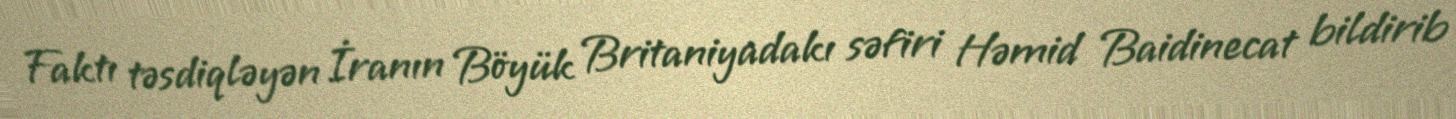
Faktı təsdiqləyən İranın Böyük Britaniyadakı səfiri Həmid Baidinecat bildirib